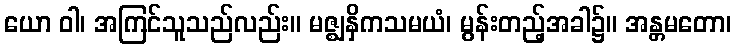
ယော ဝါ၊ အကြင်သူသည်လည်း။ မဇ္ဈနှိကသမယံ၊ မွန်းတည့်အခါ၌။ အန္တမတော၊